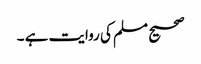
صحیح مسلم کی روایت ہے ۔